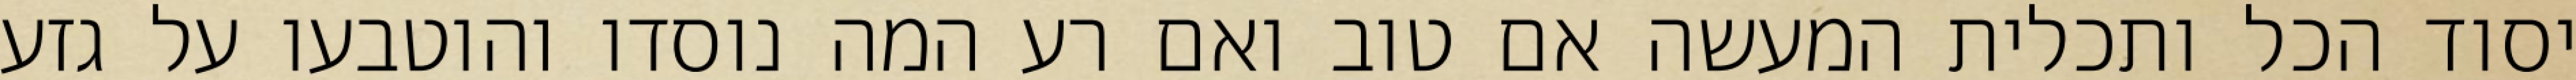
יסוד הכל ותכלית המעשה אם טוב ואם רע המה נוסדו והוטבעו על גזע